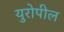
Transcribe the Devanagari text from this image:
युरोपील